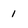
Character: 1